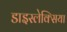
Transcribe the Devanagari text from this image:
डाइस्लेक्सिया